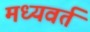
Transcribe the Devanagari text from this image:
मध्यवर्त